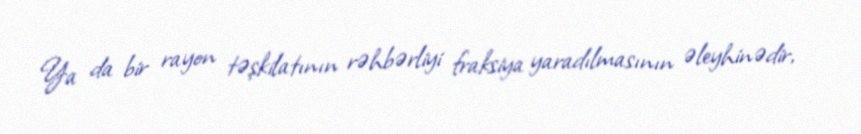
Ya da bir rayon təşkilatının rəhbərliyi fraksiya yaradılmasının əleyhinədir,